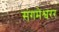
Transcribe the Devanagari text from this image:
संगमेश्वरर